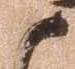
御